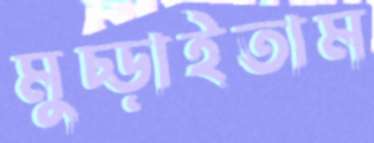
মুচ্‌ড়াইতাম